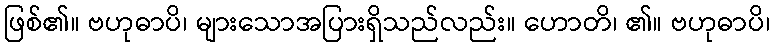
ဖြစ်၏။ ဗဟုဓာပိ၊ များသောအပြားရှိသည်လည်း။ ဟောတိ၊ ၏။ ဗဟုဓာပိ၊